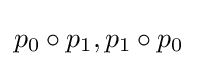
p_{0}\circ p_{1},p_{1}\circ p_{0}